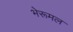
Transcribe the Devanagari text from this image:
भेरूमल